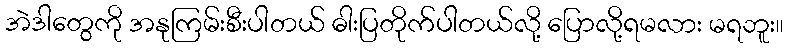
အဲဒါတွေကို အနုကြမ်းစီးပါတယ် ဓါးပြတိုက်ပါတယ်လို့ ပြောလို့ရမလား မရဘူး။